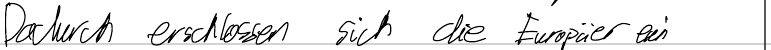
Dadurch erschlossen sich die Europäer ein